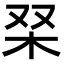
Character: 𭩞